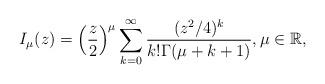
LaTeX: \begin{align*}I_{\mu}(z)=\left(\frac{z}{2}\right)^\mu\sum_{k=0}^\infty\frac{(z^2/4)^k}{k!\Gamma(\mu+k+1)}, \mu\in\mathbb{R},\end{align*}